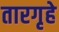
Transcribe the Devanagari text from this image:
तारगृहे